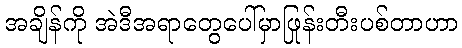
အချိန်ကို အဲဒီအရာတွေပေါ်မှာဖြုန်းတီးပစ်တာဟာ